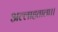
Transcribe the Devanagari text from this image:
अल्लाहताला।।